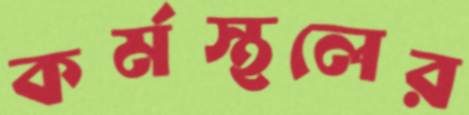
কর্মস্থলের